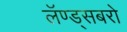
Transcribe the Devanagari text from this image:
लॅण्ड्सबरो